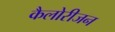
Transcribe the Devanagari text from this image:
कैलोरीजन